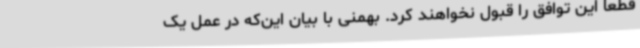
قطعا این توافق را قبول نخواهند کرد. بهمنی با بیان این‌که در عمل یک